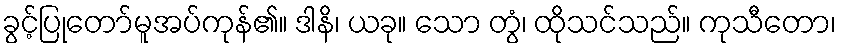
ခွင့်ပြုတော်မူအပ်ကုန်၏။ ဒါနိ၊ ယခု။ သော တွံ၊ ထိုသင်သည်။ ကုသီတော၊